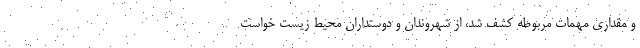
و مقداری مهمات مربوطه کشف شد، از شهروندان و دوستداران محیط زیست خواست